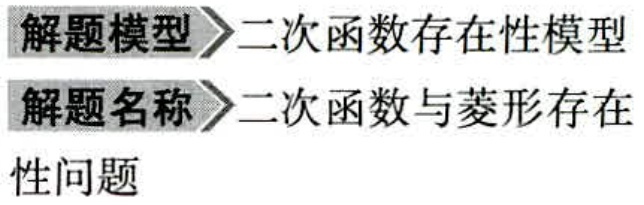
\begin{enumerate}
\item 解题模型$\to$二次函数存在性模型
\item 解题名称$\to$二次函数与菱形存在性问题
\end{enumerate}